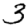
Digit: 3